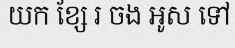
យក ខ្សែ រ ចង អូស ទៅ